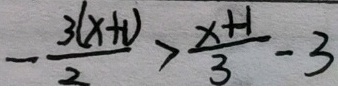
- \frac { 3 ( x + 1 ) } { 2 } > \frac { x + 1 } { 3 } - 3